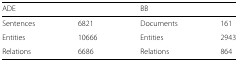
<table><thead><tr><td><b>ADE</b></td><td></td><td><b>BB</b></td><td></td></tr></thead><tbody><tr><td>Sentences</td><td>6821</td><td>Documents</td><td>161</td></tr><tr><td>Entities</td><td>10666</td><td>Entities</td><td>2943</td></tr><tr><td>Relations</td><td>6686</td><td>Relations</td><td>864</td></tr></tbody></table>